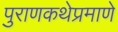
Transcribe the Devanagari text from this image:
पुराणकथेप्रमाणे